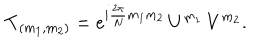
{ \bf T } _ { ( m _ { 1 } , m _ { 2 } ) } = e ^ { i { \frac { 2 \pi } { N } } m _ { 1 } m _ { 2 } } \, U ^ { m _ { 1 } } \, V ^ { m _ { 2 } } .